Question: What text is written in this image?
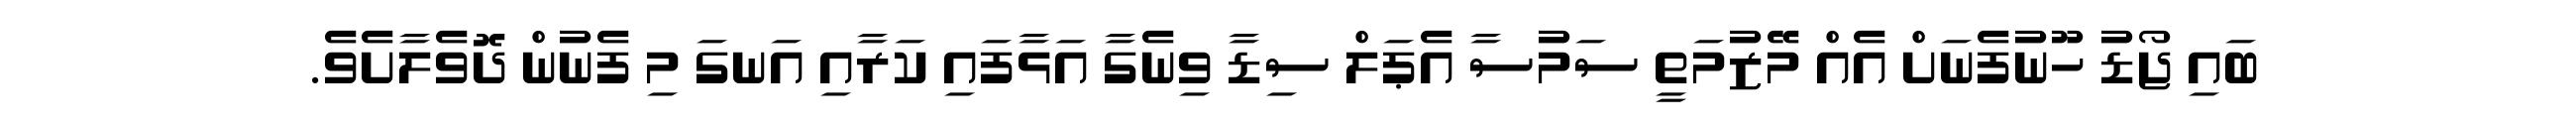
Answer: ބައި ޖޯޑު ހޫނުފެނަށް އެއް މޭޒުމަތީ ސަމުސާ އެޕަލް ސިޑާ ވިނެގާ އަޅާފައި ކަރާއި އަނގަ މި ފެނުން ދޮވެލާށެވެ.